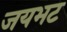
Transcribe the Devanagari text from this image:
जयभट